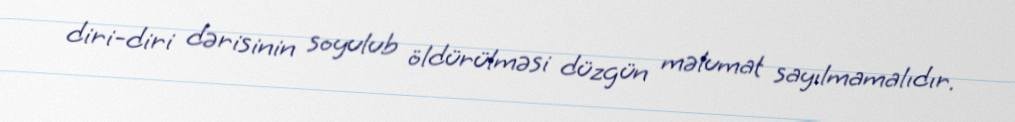
diri-diri dərisinin soyulub öldürülməsi düzgün məlumat sayılmamalıdır.